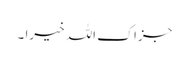
جزاک اللہ خیرا ۔